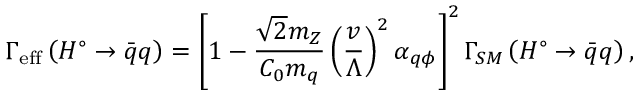
\Gamma _ { \mathrm { { e f f } } } \left( H ^ { \circ } \rightarrow \bar { q } q \right) = \left[ 1 - \frac { \sqrt { 2 } m _ { Z } } { C _ { 0 } m _ { q } } \left( \frac v \Lambda \right) ^ { 2 } \alpha _ { q \phi } \right] ^ { 2 } \Gamma _ { S M } \left( H ^ { \circ } \rightarrow \bar { q } q \right) ,